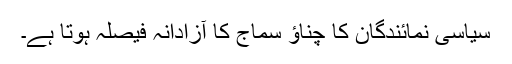
سیاسی نمائندگان کا چناؤ سماج کا آزادانہ فیصلہ ہوتا ہے۔